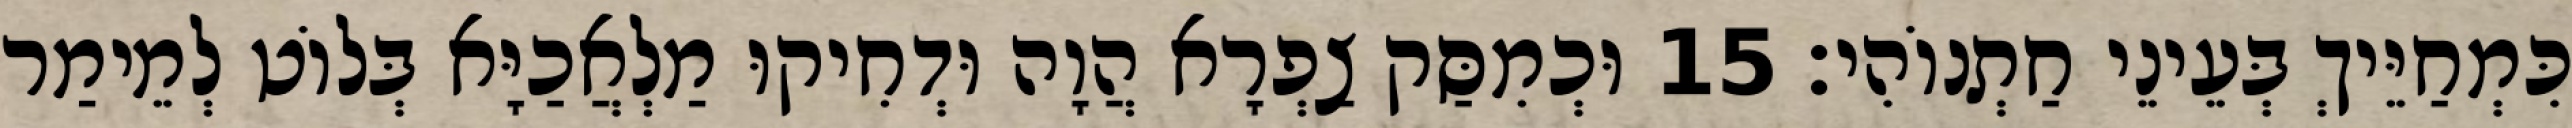
כִּמְחַיֵּיךְ בְּעֵינֵי חַתְנוֹהִי׃ 15 וּכְמִסַּק צַפְרָא הֲוָה וּדְחִיקוּ מַלְאֲכַיָּא בְּלוֹט לְמֵימַר